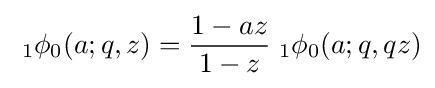
\;_{1}\phi _{0}(a;q,z)={\frac {1-az}{1-z}}\;_{1}\phi _{0}(a;q,qz)